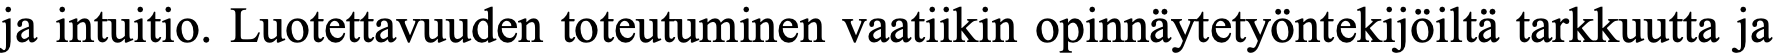
ja intuitio. Luotettavuuden toteutuminen vaatiikin opinnäytetyöntekijöiltä tarkkuutta ja